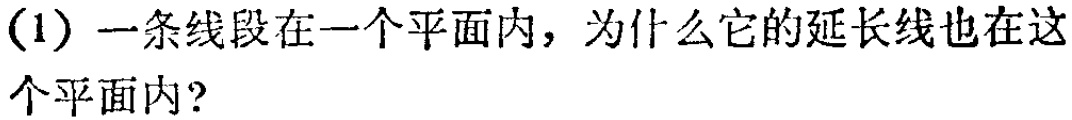
(1) 一条线段在一个平面内，为什么它的延长线也在这个平面内？